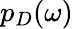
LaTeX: p_{D}(\omega)